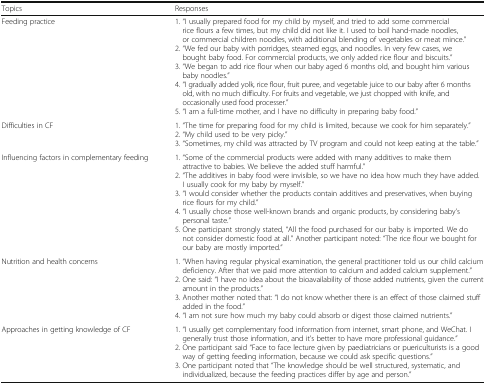
| Topics | Responses |
 | --- | --- |
 | Feeding practice | 1. “I usually prepared food for my child by myself, and tried to add some commercial rice flours a few times, but my child did not like it. I used to boil hand-made noodles, or commercial children noodles, with additional blending of vegetables or meat mince.”2. “We fed our baby with porridges, steamed eggs, and noodles. In very few cases, we bought baby food. For commercial products, we only added rice flour and biscuits.”3. “We began to add rice flour when our baby aged 6 months old, and bought him various baby noodles.”4. “I gradually added yolk, rice flour, fruit puree, and vegetable juice to our baby after 6 months old, with no much difficulty. For fruits and vegetable, we just chopped with knife, and occasionally used food processer.”5. “I am a full-time mother, and I have no difficulty in preparing baby food.” |
 | Difficulties in CF | 1. “The time for preparing food for my child is limited, because we cook for him separately.”2. “My child used to be very picky.”3. “Sometimes, my child was attracted by TV program and could not keep eating at the table.” |
 | Influencing factors in complementary feeding | 1. “Some of the commercial products were added with many additives to make them attractive to babies. We believe the added stuff harmful.”2. “The additives in baby food were invisible, so we have no idea how much they have added. I usually cook for my baby by myself.”3. “I would consider whether the products contain additives and preservatives, when buying rice flours for my child.”4. “I usually chose those well-known brands and organic products, by considering baby’s personal taste.”5. One participant strongly stated, “All the food purchased for our baby is imported. We do not consider domestic food at all.” Another participant noted: “The rice flour we bought for our baby are mostly imported.” |
 | Nutrition and health concerns | 1. “When having regular physical examination, the general practitioner told us our child calcium deficiency. After that we paid more attention to calcium and added calcium supplement.”2. One said: “I have no idea about the bioavailability of those added nutrients, given the current amount in the products.”3. Another mother noted that: “I do not know whether there is an effect of those claimed stuff added in the food.”4. “I am not sure how much my baby could absorb or digest those claimed nutrients.” |
 | Approaches in getting knowledge of CF | 1. “I usually get complementary food information from internet, smart phone, and WeChat. I generally trust those information, and it’s better to have more professional guidance.”2. One participant said “Face to face lecture given by paediatricians or puericulturists is a good way of getting feeding information, because we could ask specific questions.”3. One participant noted that “The knowledge should be well structured, systematic, and individualized, because the feeding practices differ by age and person.” |